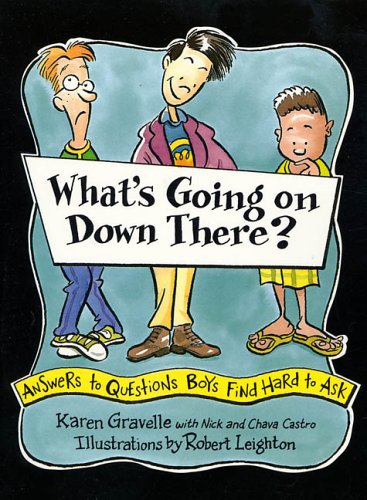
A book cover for What's Going on Down There?: Answers to Questions Boys Find Hard to Ask; Karen Gravelle; Teen & Young Adult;